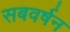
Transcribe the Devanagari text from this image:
सबवर्षन